Vaccination in Bombay 1863-1868 - 1863-1868
Year: 1863
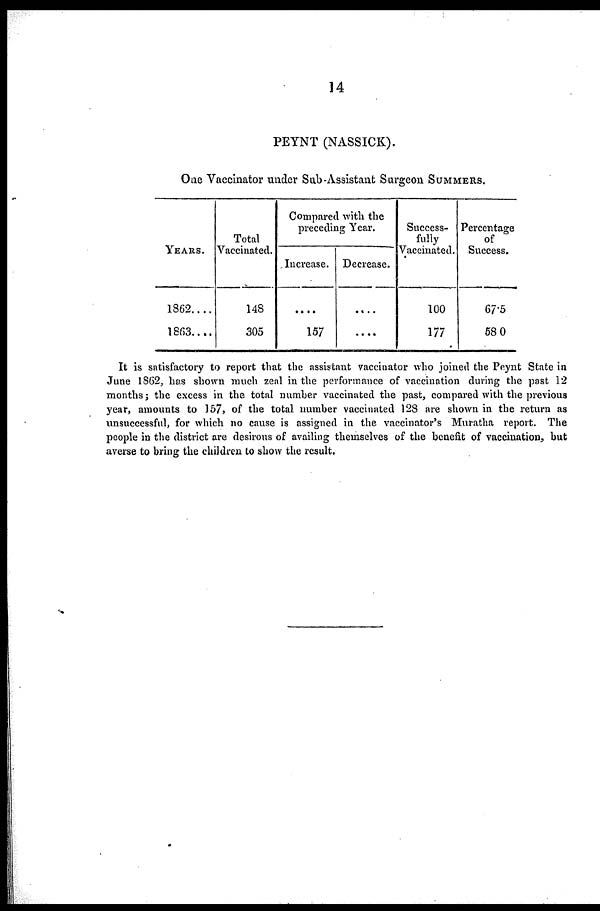
14
PEYNT (NASSICK).
One Vaccinator under Sub-Assistant Surgeon SUMMERS.
YEARS.
1862....
1863....
Total
Vaccinated.
148
305
Compared with the
preceding Year.
Increase.
....
157
Decrease.
....
....
Success-
fully
Vaccinated.
100
177
Percentage
of
Success.
67.5
58.0
It is satisfactory to report that the assistant vaccinator who joined the Peynt State in
June 1862, has shown much zeal in the performance of vaccination during the past 12
months ; the excess in the total number vaccinated the past, compared with the previous
year, amounts to 157, of the total number vaccinated 128 are shown in the return as
unsuccessful, for which no cause is assigned in the vaccinator's Muratha report. The
people in the district are desirous of availing themselves of the benefit of vaccination, but
averse to bring the children to show the result.